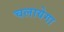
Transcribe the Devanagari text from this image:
चलायेगा